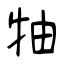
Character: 牰